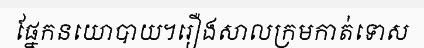
ផ្នែកនយោបាយ។រឿងសាលក្រមកាត់ទោស